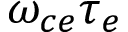
\omega _ { c e } \tau _ { e }